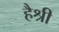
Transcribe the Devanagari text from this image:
हैश्री